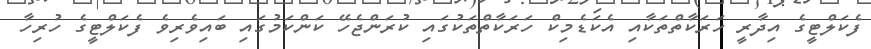
ފެކަލްޓީގެ އިދާރީ ހަރަކާތްތަކާއި އެކަޑެމިކް ހަރަކާތްތަކުގައި ކުރަންޖެހޭ ކަންކަމުގައި ބައިވެރިވެ ފެކަލްޓީގެ ހުރިހާ